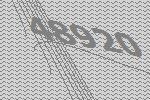
48920